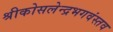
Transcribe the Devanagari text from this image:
श्रीकोसलेन्द्रभगवंस्तव